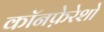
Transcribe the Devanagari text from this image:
कॉनफ़ेरेशो